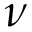
\nu